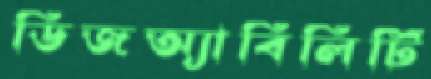
ডিজঅ্যাবিলিটি